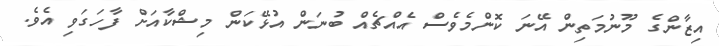
އިޒާންގެ މޫނުމަތިން އޭނަ ކޮންމެވެސް އެއްޗެއް ބުނަން އުޅޭކަން މިޝްކާއަށް ފާހަގަވި އެވެ.